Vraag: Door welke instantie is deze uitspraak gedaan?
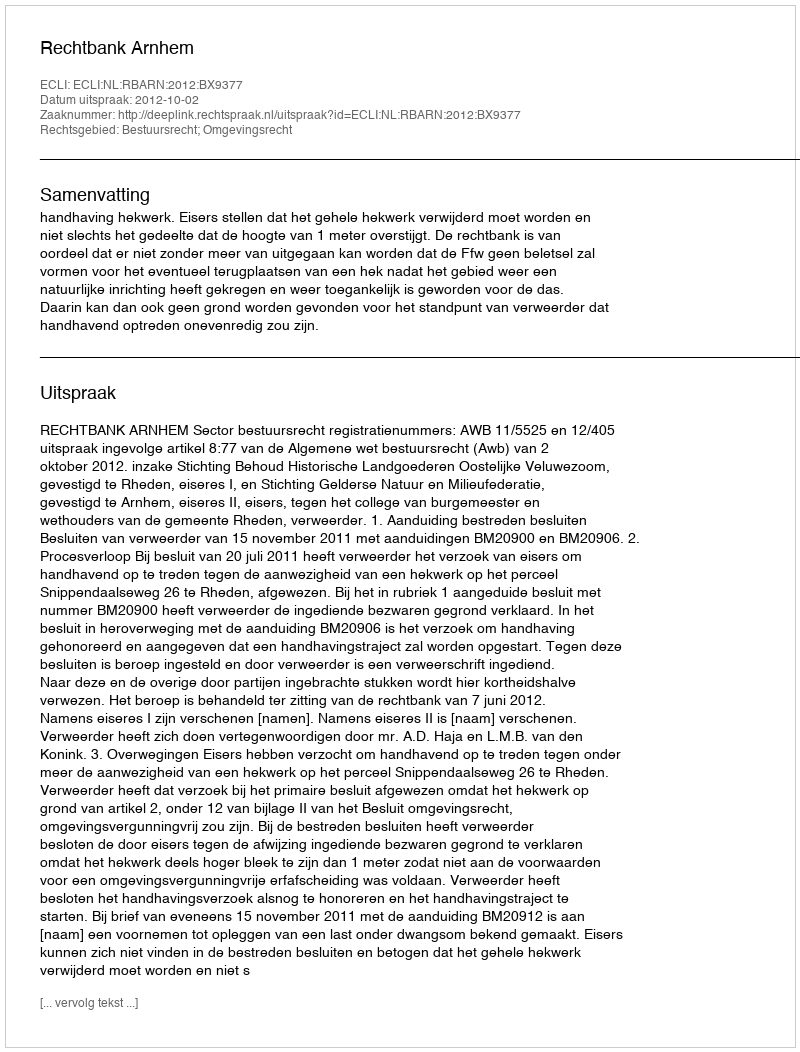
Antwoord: Rechtbank Arnhem